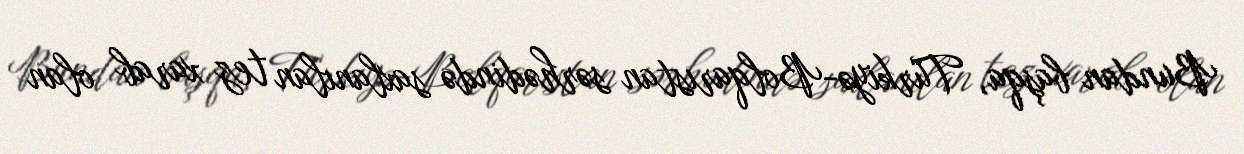
Bundan başqa, Türkiyə-Bolqarıstan sərhədində saxlanılan tez xarab olan